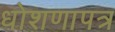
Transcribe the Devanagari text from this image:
धोशणापत्र